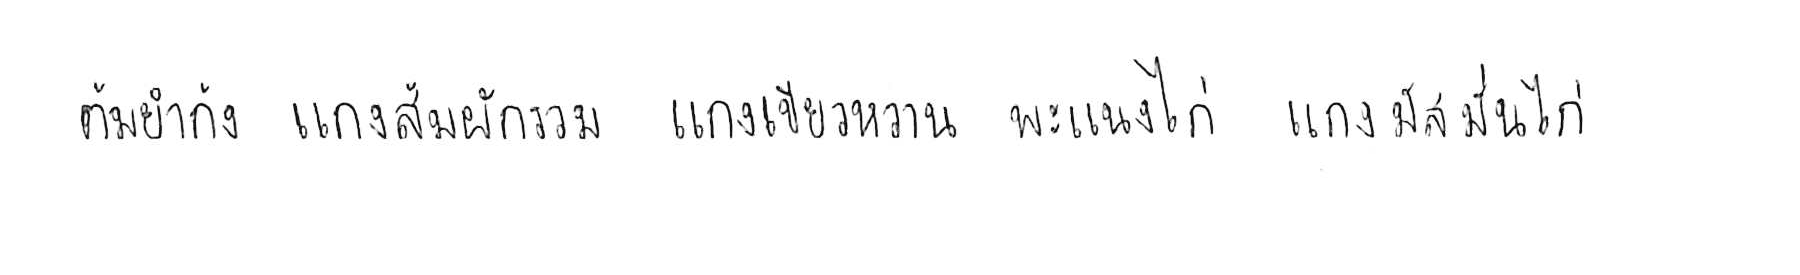
ต้มยำกุ้ง แกงส้มผักรวม แกงเขียวหวาน พะแนงไก่ แกงมัสมั่นไก่